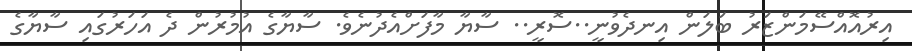
އިރުއޮއްސޭމަންޒަރު ބަލަން އިނދެވުނީ..ސޮރީ.. ސާޔާ މާފަށްއެދުނެވެ. ސާޔާގެ އުމުރުން ދެ އަހަރުގައި ސާޔާގެ